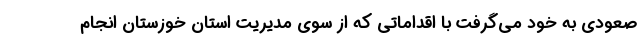
صعودی به خود می‌گرفت با اقداماتی که از سوی مدیریت استان خوزستان انجام